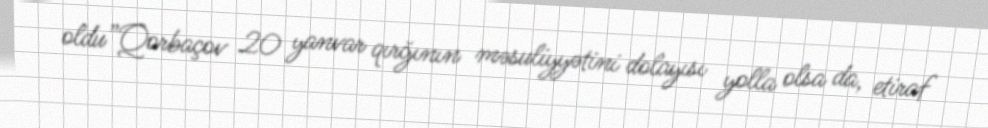
oldu”Qorbaçov 20 yanvar qırğının məsuliyyətini dolayısı yolla olsa da, etiraf